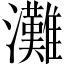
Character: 灘